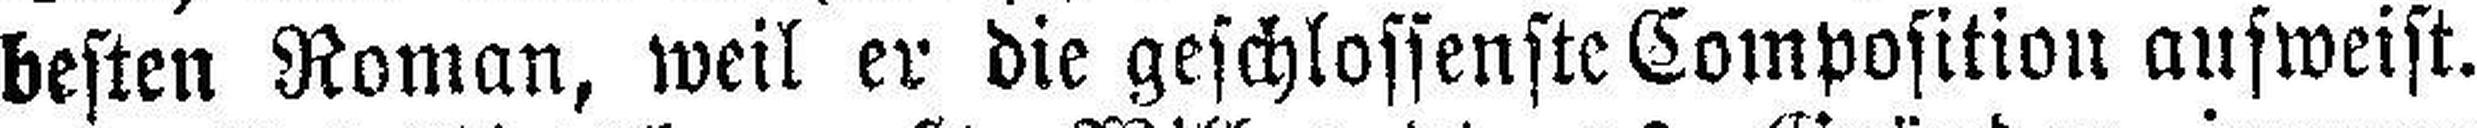
besten Roman, weil er die geschlossenste Composition answeist.